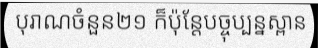
បុរាណចំនួន២១ ក៏ប៉ុន្តែបច្ចុប្បន្នស្ពាន